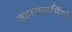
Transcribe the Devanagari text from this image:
जहाजकर्मियों